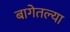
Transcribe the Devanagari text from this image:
बागेतल्या